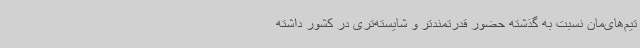
تیم‌های‌مان نسبت به گذشته حضور قدرتمندتر و شایسته‌تری در کشور داشته